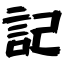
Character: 記